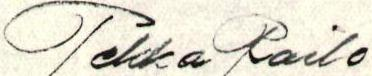
Pekka Railo